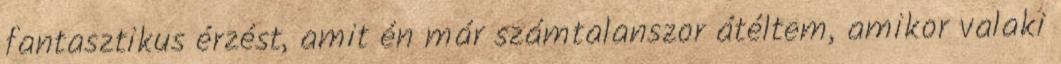
fantasztikus érzést, amit én már számtalanszor átéltem, amikor valaki